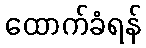
ထောက်ခံရန်